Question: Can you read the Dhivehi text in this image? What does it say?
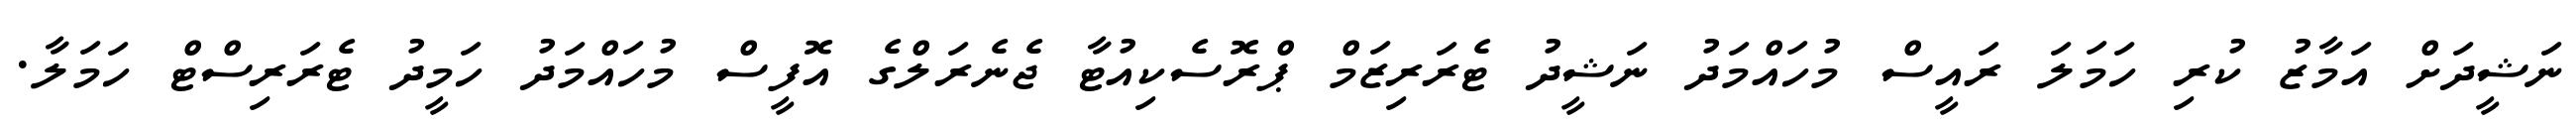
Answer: ނަޝީދަށް އަމާޒު ކުރި ހަމަލަ ރައީސް މުހައްމަދު ނަޝީދު ޓެރަރިޒަމް ޕްރޮސެކިއުޓާ ޖެނެރަލްގެ އޮފީސް މުހައްމަދު ހަމީދު ޓެރަރިސްޓް ހަމަލާ.